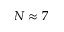
N \approx 7